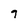
Character: 7